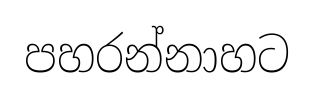
පහරන්නාහට